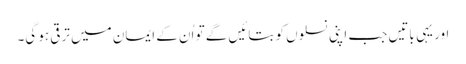
اور یہی باتیں جب اپنی نسلوں کو بتائیں گے تو اُن کے ایمان میں ترقی ہو گی۔